Lunatic asylums Burma 1922-24 - 1922-1924
Year: 1922
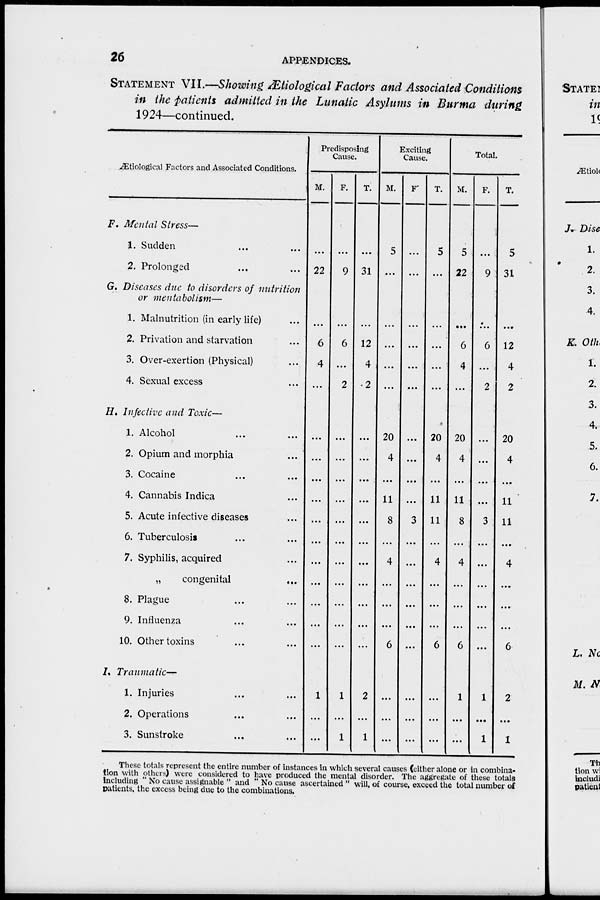
26
APPENDICES.
STATEMENT VII.—Showing Ætiological Factors and Associated Conditions
in the patients admitted in the Lunatic Asylums in Burma during
1924—continued.
Ætiological Factors and Associated Conditions.
F. Mental Stress—
1. Sudden ... ...
2. Prolonged ... ...
G. Diseases due to disorders of nutrition
or mentabolism—
1. Malnutrition (in early life) ...
2. Privation and starvation ...
3. Over-exertion (Physical) ...
4. Sexual excess ...
H. Infective and Toxic—
1. Alcohol ... ...
2. Opium and morphia ...
3. Cocaine ... ...
4. Cannabis Indica ...
5. Acute infective diseases ...
6. Tuberculosis ... ...
7. Syphilis, acquired ...
„
congenital ...
8. Plague ... ...
9. Influenza ... ...
10. Other toxins ... ...
I. Traumatic—
1. Injuries ... ...
2. Operations ... ...
3. Sunstroke ... ...
Predisposing
Cause.
M.
...
22
...
6
4
...
...
...
...
...
...
...
...
...
...
...
...
1
...
...
F.
...
9
...
6
...
2
...
...
...
...
...
...
...
...
...
...
...
1
...
1
T.
...
31
...
12
4
2
...
...
...
...
...
...
...
...
...
...
...
2
...
1
Exciting
Cause.
M.
5
...
...
...
...
...
20
4
...
11
8
...
4
...
...
...
6
...
...
...
F.
...
...
...
...
...
...
...
...
...
...
3
...
...
...
...
...
...
...
...
...
T.
5
...
...
...
...
...
20
4
...
11
11
...
4
...
...
...
6
...
...
...
Total.
M.
5
22
...
6
4
...
20
4
...
11
8
...
4
...
...
...
6
1
...
...
F.
...
9
...
6
...
2
...
...
...
...
3
...
...
...
...
...
...
1
...
1
T.
5
31
...
12
4
2
20
4
...
11
11
...
4
...
...
...
6
2
...
1
These totals represent the entire number of instances in which several causes (either alone or in combina-
tion with others) were considered to have produced the mental disorder. The aggregate of these totals
including " No cause assignable " and " No cause ascertained " will, of course, exceed the total number of
patients, the excess being due to the combinations.